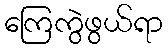
ကြေကွဲဖွယ်ရာ